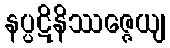
နပ္ပဋိနိဿဇ္ဇေယျ